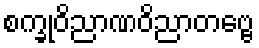
စက္ခုဝိညာဏဝိညာတဗ္ဗေ